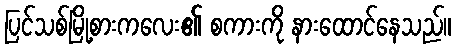
ပြင်သစ်မြို့စားကလေး၏ စကားကို နားထောင်နေသည်။